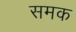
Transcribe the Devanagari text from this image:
समक